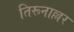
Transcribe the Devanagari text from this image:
तिरूनाल्लर